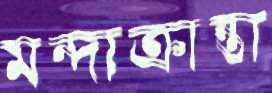
মন্দাক্রান্তা